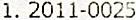
1. 2011-0025